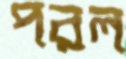
পরল